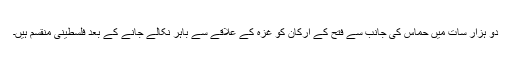
دو ہزار سات میں حماس کی جانب سے فتح کے ارکان کو غزہ کے علاقے سے باہر نکالے جانے کے بعد فلسطینی منقسم ہیں۔